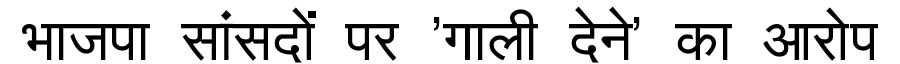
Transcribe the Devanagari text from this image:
भाजपा सांसदों पर 'गाली देने' का आरोप